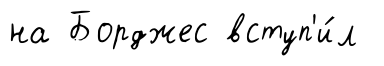
на Борджес вступ'и́л